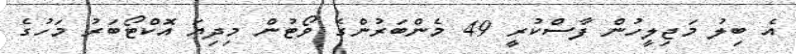
އެ ބިލު މަޖިލީހުން ފާސްކުރީ 49 މެންބަރުންގެ ވޯޓުން މިދިޔަ އޮކްޓޯބަރު މަހުގެ